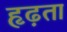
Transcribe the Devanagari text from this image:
हृढ़ता